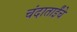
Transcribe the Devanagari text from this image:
चंदाताईंचे